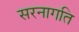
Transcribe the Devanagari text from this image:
सरनागति